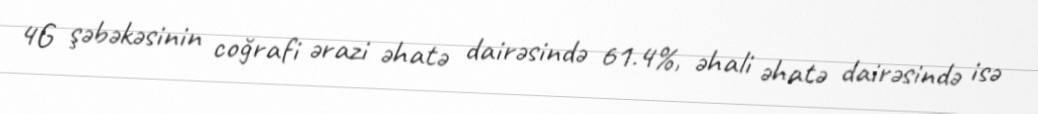
4G şəbəkəsinin coğrafi ərazi əhatə dairəsində 61.4%, əhali əhatə dairəsində isə